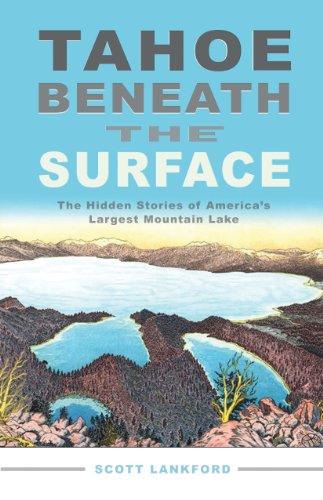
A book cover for Tahoe beneath the Surface: The Hidden Stories of America's Largest Mountain Lake; Scott Lankford; Science & Math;